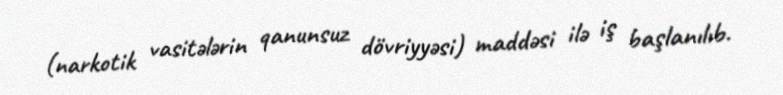
(narkotik vasitələrin qanunsuz dövriyyəsi) maddəsi ilə iş başlanılıb.